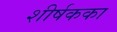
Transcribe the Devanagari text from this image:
शीर्षकका